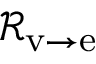
{ \mathcal { R } } _ { \mathrm { v \rightarrow e } }